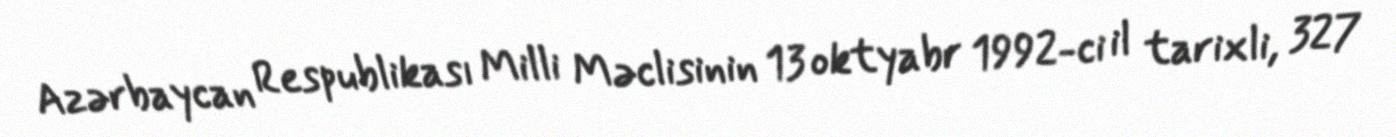
Azərbaycan Respublikası Milli Məclisinin 13 oktyabr 1992-ci il tarixli, 327